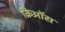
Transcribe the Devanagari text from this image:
क्रिऑस